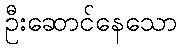
ဦးဆောင်နေသော